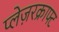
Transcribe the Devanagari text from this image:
प्लेज़रक्राफ्ट